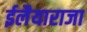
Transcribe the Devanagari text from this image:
ईलैयाराजा